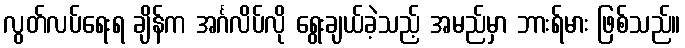
လွတ်လပ်ရေးရ ချိန်က အင်္ဂလိပ်လို ရွေးချယ်ခဲ့သည့် အမည်မှာ ဘားရ်မား ဖြစ်သည်။